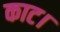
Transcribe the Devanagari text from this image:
काट।